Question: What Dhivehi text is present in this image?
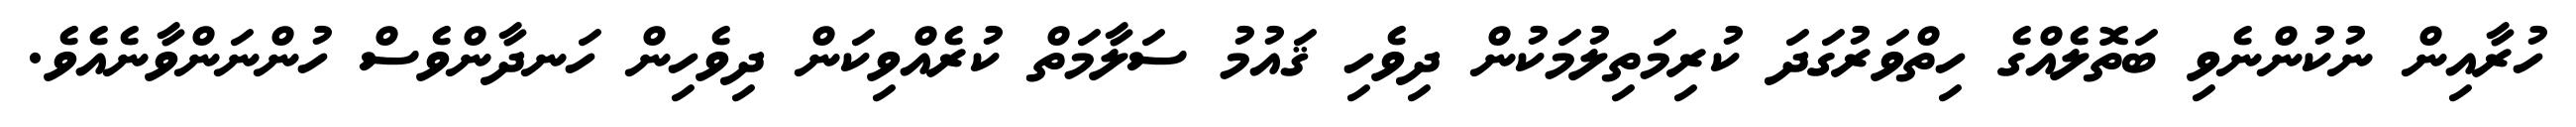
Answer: ހުރާއިން ނުކުންނެވި ބަތޮލެއްގެ ހިތްވަރުގަދަ ކުރިމަތިލުމަކުން ދިވެހި ޤައުމު ސަލާމަތް ކުރެއްވިކަން ދިވެހިން ހަނދާންވެސް ހުންނަންވާނެއެވެ.